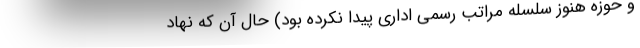
و حوزه هنوز سلسله مراتب رسمی اداری پیدا نکرده بود) حال آن که نهاد